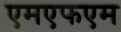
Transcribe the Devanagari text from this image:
एमएफएम